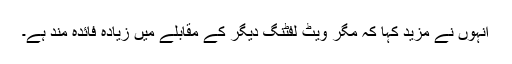
انہوں نے مزید کہا کہ مگر ویٹ لفٹنگ دیگر کے مقابلے میں زیادہ فائدہ مند ہے۔